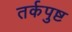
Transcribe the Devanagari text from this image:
तर्कपुष्ट